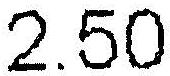
2.50